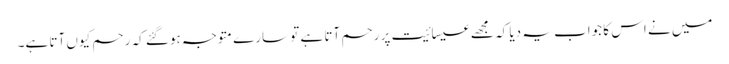
میں نے اس کا جواب یہ دیا کہ مجھے عیسائیت پر رحم آتا ہے تو سارے متوجہ ہوگئے کہ رحم کیوں آتا ہے۔